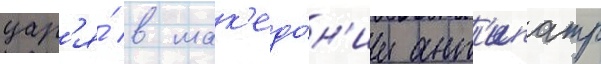
цар'я́ в мак'едо́н'ии ант'ипатр